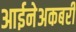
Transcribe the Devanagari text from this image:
आईनेअकबरी